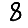
Digit: 8